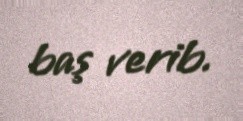
baş verib.